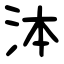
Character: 泍